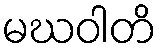
မဃဝါတိ